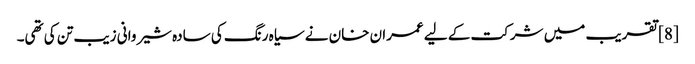
[8] تقریب میں شرکت کے لیے عمران خان نے سیاہ رنگ کی سادہ شیروانی زیب تن کی تھی۔